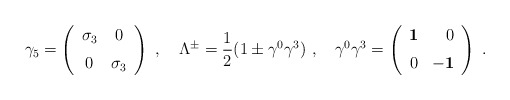
\begin{align*} \gamma_{{5}}=\left (\begin {array}{cc} \sigma_{3}&0\\\noalign{\medskip} 0&\sigma_{3}\end {array}\right )\ ,\quad \Lambda^{\pm}=\frac{1}{2}(1\pm \gamma^{0}\gamma^{3})\ ,\quad \gamma^{0}\gamma^{3}=\left (\begin {array}{rr} {\bf 1}&0\\\noalign{\medskip} 0&{\bf -1}\end{array}\right )\ .\end{align*}